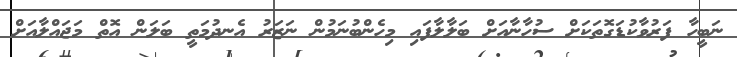
ނަބީހާ ފަރުވާކުޑަގޮތަކަށް ސުހާނާއަށް ބަލާލާފައި މިހެންބުނަމުން ނަޒަރު އެނދުމަތީ ބަލަން އޮތް މަޖައްލާއަށް